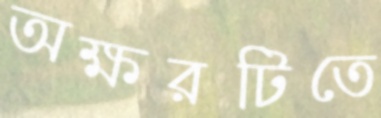
অক্ষরটিতে